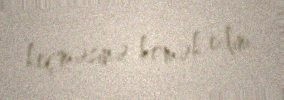
keçməsinə kömək edim.